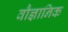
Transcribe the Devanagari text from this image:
वौज्ञानिक